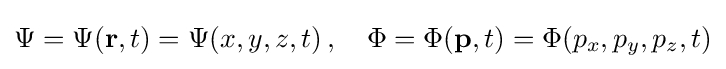
\Psi =\Psi (\mathbf {r} ,t)=\Psi (x,y,z,t)\,,\quad \Phi =\Phi (\mathbf {p} ,t)=\Phi (p_{x},p_{y},p_{z},t)